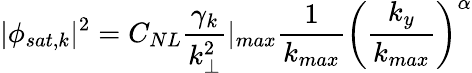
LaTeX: |\phi_{sat,k}|^{2}=C_{NL}\frac{\gamma_{k}}{k_{\perp}^{2}}|_{max}\frac{1}{k_{max}}\left(\frac{k_{y}}{k_{max}}\right)^{\alpha}